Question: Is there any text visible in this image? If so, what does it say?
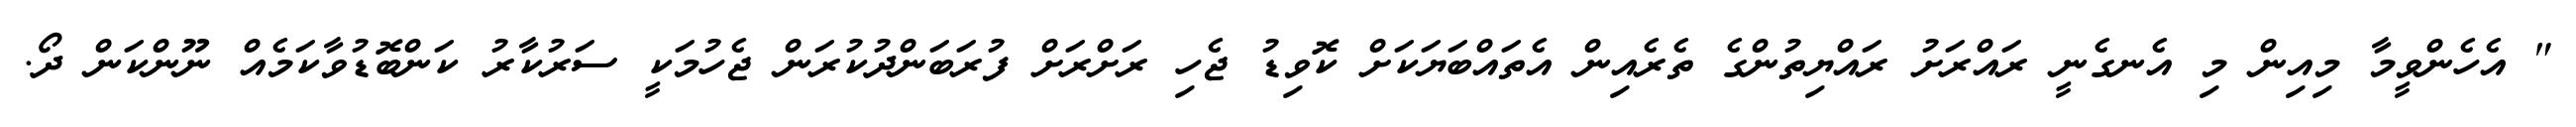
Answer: " އެހެންވީމާ މިއިން މި އެނގެނީ ރައްރަށު ރައްޔިތުންގެ ތެރެއިން އެތައްބަޔަކަށް ކޮވިޑު ޖެހި ރަށްރަށް ފުރަބަންދުކުރަން ޖެހުމަކީ ސަރުކާރު ކަންބޮޑުވާކަމެއް ނޫންކަން ދޯ.